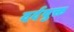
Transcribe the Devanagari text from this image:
दर्दयुक्त